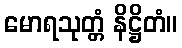
မောရသုတ္တံ နိဋ္ဌိတံ။